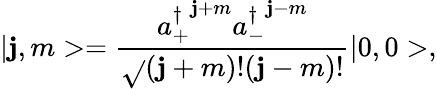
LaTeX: \vert\mathbf{j},m>=\frac{{{a_{+}^{\dagger}}^{\mathbf{j}+m}{a_{-}^{\dagger}}^{\mathbf{j}-m}}}{{\sqrt{}{{(\mathbf{j}+m)!(\mathbf{j}-m)!}}}}\vert0,0>,